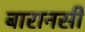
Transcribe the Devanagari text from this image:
बारानसी